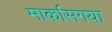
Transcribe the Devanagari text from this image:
मार्कासगया